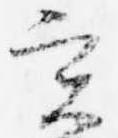
実